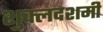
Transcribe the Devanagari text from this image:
शुक्लदशमी